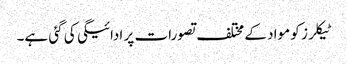
ٹیکلرز کو مواد کے مختلف تصورات پر ادائیگی کی گئی ہے۔